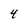
Character: 4